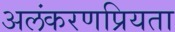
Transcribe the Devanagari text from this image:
अलंकरणप्रियता